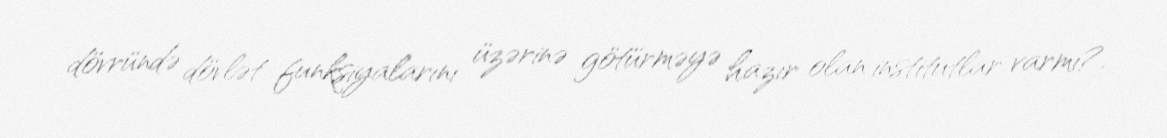
dövründə dövlət funksiyalarını üzərinə götürməyə hazır olan institutlar varmı?.